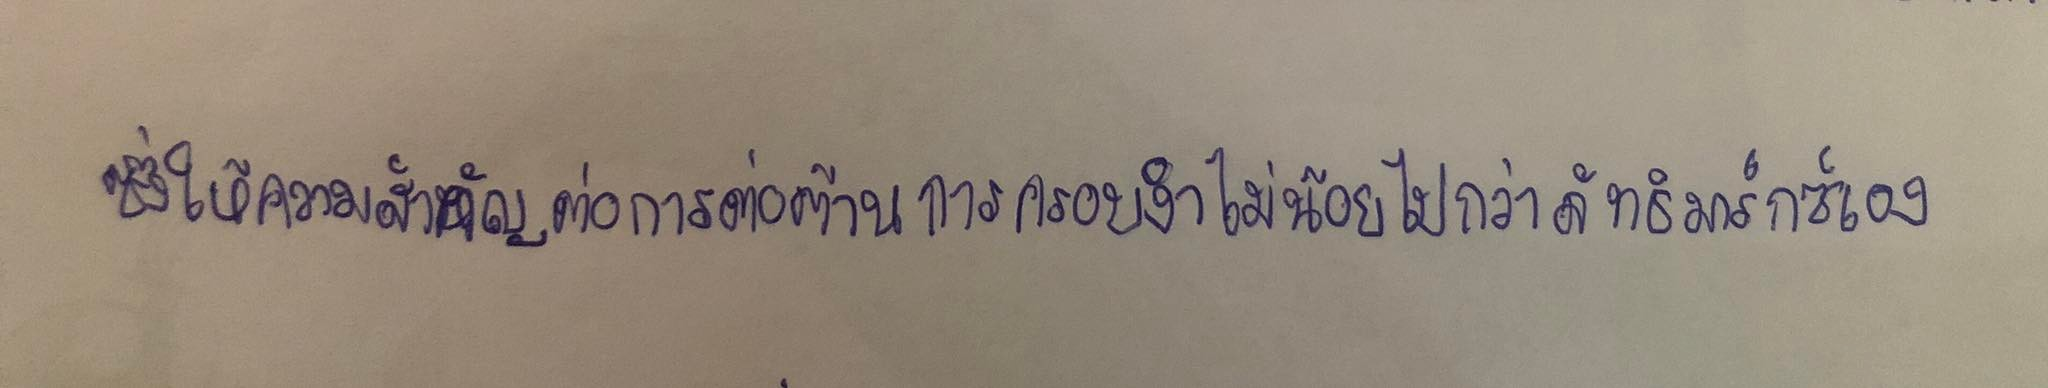
ซึ่งให้ความสำคัญต่อการต่อต้านการครอบงำไม่น้อยไปกว่าลัทธิมาร์กซ์เอง